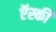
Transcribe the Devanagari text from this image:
ऍस्की